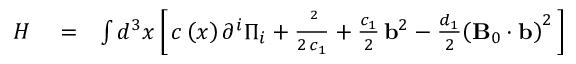
\begin{array} { r l r } { H } & { { } = } & { \int { { d ^ { 3 } } x } \left[ \, { c \left( x \right) { \partial ^ { i } } { \Pi _ { i } } + \frac { { { { \bf \Pi } ^ { 2 } } } } { { 2 \, { c _ { 1 } } } } + \frac { { { c _ { 1 } } } } { 2 } \, { { \bf b } ^ { 2 } } - \frac { { { d _ { 1 } } } } { 2 } { { \left( { { \bf B } _ { 0 } \cdot { \bf b } } \right) } ^ { 2 } } } \, \right] } \end{array}